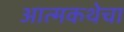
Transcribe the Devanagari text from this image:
आत्मकथेचा